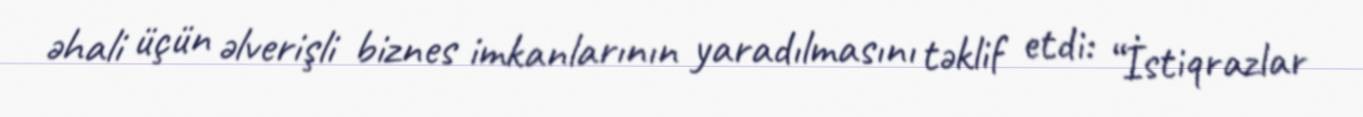
əhali üçün əlverişli biznes imkanlarının yaradılmasını təklif etdi: “İstiqrazlar